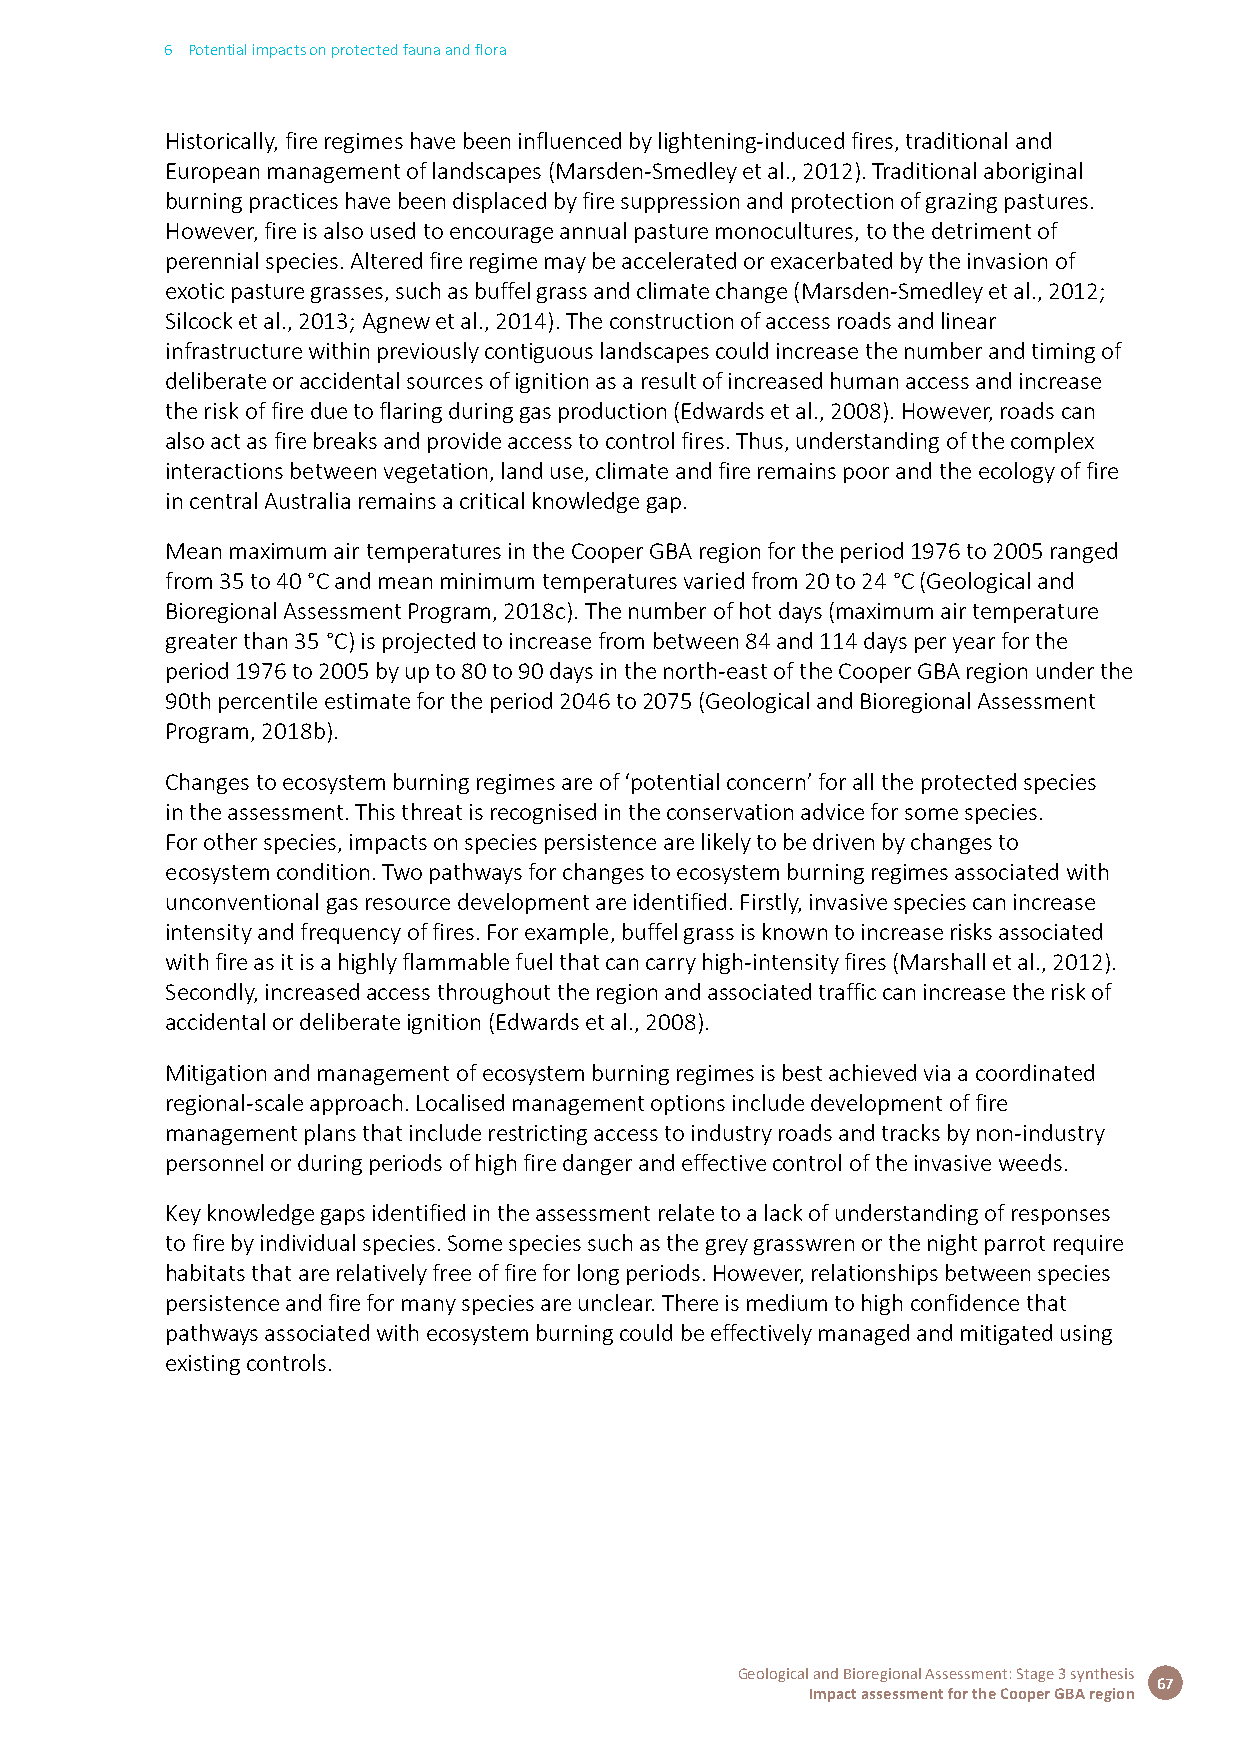
6 Potential impacts on protected fauna and flora
 Historically, fire regimes have been influenced by lightening-induced fires, traditional and
 European management of landscapes (Marsden-Smedley et al., 2012). Traditional aboriginal
 burning practices have been displaced by fire suppression and protection of grazing pastures.
 However, fire is also used to encourage annual pasture monocultures, to the detriment of
 perennial species. Altered fire regime may be accelerated or exacerbated by the invasion of
 exotic pasture grasses, such as buffel grass and climate change (Marsden-Smedley et al., 2012;
 Silcock et al., 2013; Agnew et al., 2014). The construction of access roads and linear
 infrastructure within previously contiguous landscapes could increase the number and timing of
 deliberate or accidental sources of ignition as a result of increased human access and increase
 the risk of fire due to flaring during gas production (Edwards et al., 2008). However, roads can
 also act as fire breaks and provide access to control fires. Thus, understanding of the complex
 interactions between vegetation, land use, climate and fire remains poor and the ecology of fire
 in central Australia remains a critical knowledge gap.
 Mean maximum air temperatures in the Cooper GBA region for the period 1976 to 2005 ranged
 from 35 to 40 °C and mean minimum temperatures varied from 20 to 24 °C (Geological and
 Bioregional Assessment Program, 2018c). The number of hot days (maximum air temperature
 greater than 35 °C) is projected to increase from between 84 and 114 days per year for the
 period 1976 to 2005 by up to 80 to 90 days in the north-east of the Cooper GBA region under the
 90th percentile estimate for the period 2046 to 2075 (Geological and Bioregional Assessment
 Program, 2018b).
 Changes to ecosystem burning regimes are of ‘potential concern’ for all the protected species
 in the assessment. This threat is recognised in the conservation advice for some species.
 For other species, impacts on species persistence are likely to be driven by changes to
 ecosystem condition. Two pathways for changes to ecosystem burning regimes associated with
 unconventional gas resource development are identified. Firstly, invasive species can increase
 intensity and frequency of fires. For example, buffel grass is known to increase risks associated
 with fire as it is a highly flammable fuel that can carry high-intensity fires (Marshall et al., 2012).
 Secondly, increased access throughout the region and associated traffic can increase the risk of
 accidental or deliberate ignition (Edwards et al., 2008).
 Mitigation and management of ecosystem burning regimes is best achieved via a coordinated
 regional-scale approach. Localised management options include development of fire
 management plans that include restricting access to industry roads and tracks by non-industry
 personnel or during periods of high fire danger and effective control of the invasive weeds.
 Key knowledge gaps identified in the assessment relate to a lack of understanding of responses
 to fire by individual species. Some species such as the grey grasswren or the night parrot require
 habitats that are relatively free of fire for long periods. However, relationships between species
 persistence and fire for many species are unclear. There is medium to high confidence that
 pathways associated with ecosystem burning could be effectively managed and mitigated using
 existing controls.
 Geological and Bioregional Assessment: Stage 3 synthesis
 67
 Impact assessment for the Cooper GBA region